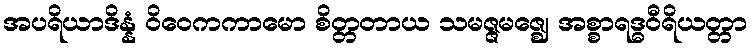
အပရိယာဒိန္နံ ဝိဝေကကာမော စိတ္တတာယ သမဇ္ဇမဇ္ဈေ အစ္စာရဒ္ဓဝီရိယတ္တာ